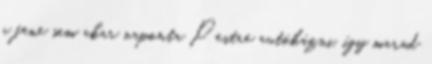
a fene sem akar naponta Pestre autókázni, így marad